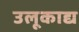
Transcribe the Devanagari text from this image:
उलूकाद्य